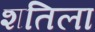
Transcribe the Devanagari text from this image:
शतिला